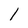
Character: l